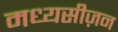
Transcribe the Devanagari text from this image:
मध्यसीज़न